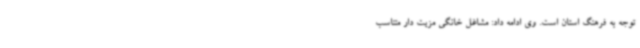
توجه به فرهنگ استان است. وی ادامه داد: مشاغل خانگی مزیت دار متناسب